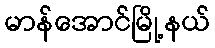
မာန်အောင်မြို့နယ်